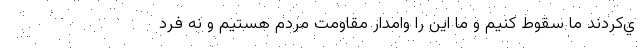
ي‌كردند ما سقوط كنيم و ما اين را وامدار مقاومت مردم هستيم و نه فرد